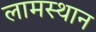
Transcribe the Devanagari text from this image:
लामस्थान